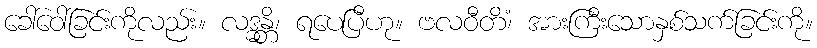
ခေါ်ဝေါ်ခြင်းကိုလည်း။ လဒ္ဓန္တိ၊ ရပေပြီဟု။ ဗလဝီတိံ၊ အားကြီးသောနှစ်သက်ခြင်းကို။